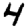
Digit: 4